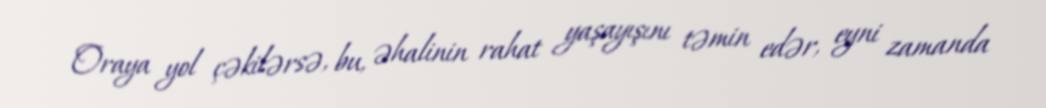
Oraya yol çəkilərsə, bu, əhalinin rahat yaşayışını təmin edər, eyni zamanda